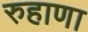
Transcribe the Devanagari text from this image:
रुहाणा